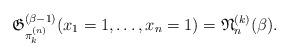
LaTeX: \begin{gather*}\mathfrak{G}_{\pi_{k}^{(n)}}^{(\beta-1)}(x_1=1,\ldots,x_n=1)=\mathfrak{N}_n^{(k)}(\beta).\end{gather*}